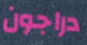
دراجون